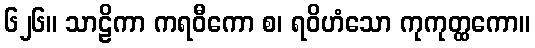
၆၂၆။ သာဠိကာ ကရဝီကော စ၊ ရဝိဟံသော ကုကုတ္ထကော။